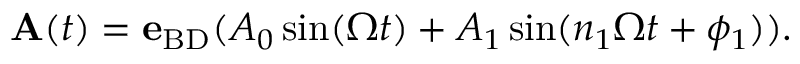
\begin{array} { r } { { \bf A } ( t ) = { \bf e } _ { \mathrm { B D } } ( A _ { 0 } \sin ( \Omega t ) + A _ { 1 } \sin ( n _ { 1 } \Omega t + \phi _ { 1 } ) ) . } \end{array}